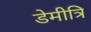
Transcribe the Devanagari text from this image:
डेमीत्रि